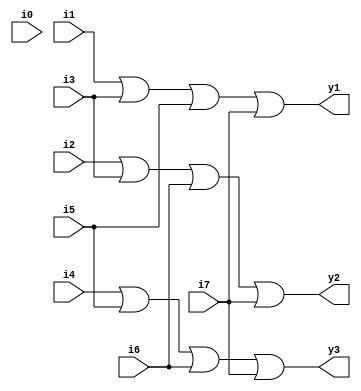
module binary_encoder (i0,i1,i2,i3,i4,i5,i6,i7,y1,y2,y3);

   input i0,i1,i2,i3,i4,i5,i6,i7;
   output y1,y2,y3;

   assign y1=i1|i3|i5|i7;
   assign y2=i2|i3|i6|i7;
   assign y3=i4|i5|i6|i7;

endmodule